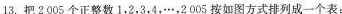
13.把2005个正整数1，2，3，4，…，2005按如图方式排列成一个表：